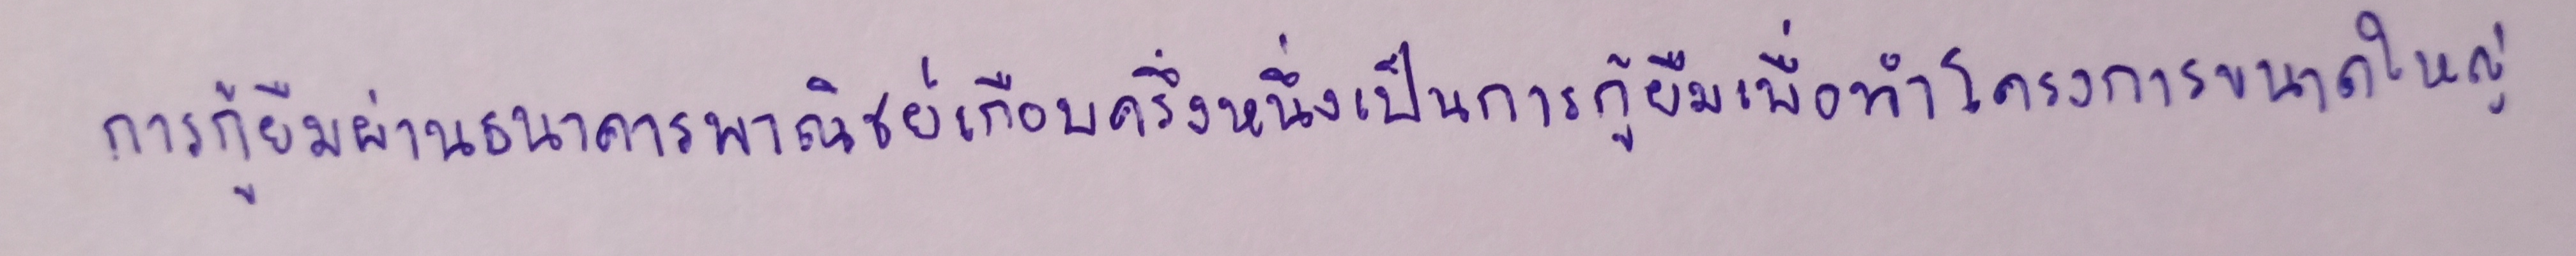
การกู้ยืมผ่านธนาคารพาณิชย์เกือบครึ่งหนึ่งเป็นการกู้ยืมเพื่อทำโครงการขนาดใหญ่